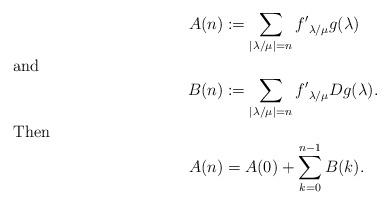
LaTeX: \begin{align*}A(n)&:=\sum_{|\lambda/\mu|=n}{f'}_{\lambda/\mu}g(\lambda)\\\noalign{\noindent and}B(n)&:=\sum_{|\lambda/\mu|=n}{f'}_{\lambda/\mu}Dg(\lambda).\\\noalign{\noindent Then} A(n)&=A(0)+\sum_{k=0}^{n-1}B(k).\end{align*}